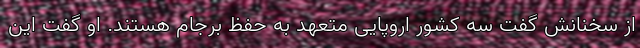
از سخنانش گفت سه کشور اروپایی متعهد به حفظ برجام هستند. او گفت این